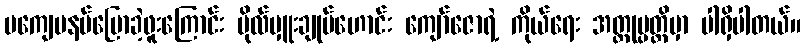
မကျေမနပ်ပြောခဲ့ဖူးကြောင်း ဗိုလ်မှူးချုပ်ဟောင်း ကျော်ဇောရဲ့ ကိုယ်ရေး အတ္ထုပ္ပတ္တိမှာ ပါရှိပါတယ်။